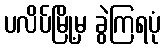
ပလိပ်မြို့မှ ခွဲကြရပုံ